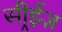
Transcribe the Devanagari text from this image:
सीर्‍ईज़